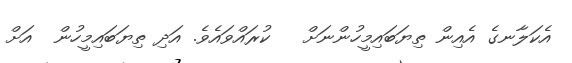
އެކަލާނގެ އެއިން ތިޔަބައިމީހުންނަށް   ކުރައްވައެވެ. އަދި ތިޔަބައިމީހުން  އަށް